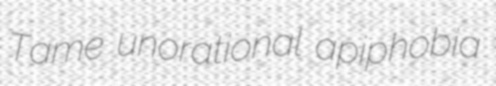
Tame unorational apiphobia